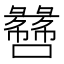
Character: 𫬫